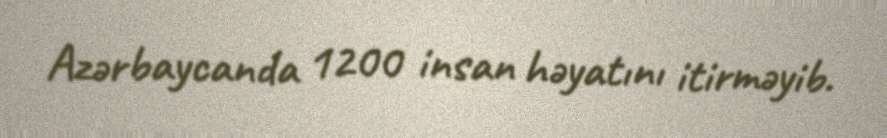
Azərbaycanda 1200 insan həyatını itirməyib.